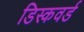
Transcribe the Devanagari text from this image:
डिस्कवर्ड